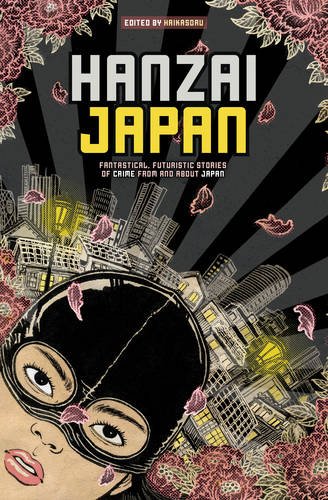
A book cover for Hanzai Japan: Fantastical, Futuristic Stories of Crime From and About Japan; Mystery, Thriller & Suspense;